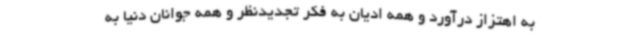
به اهتزاز درآورد و همه ادیان به فکر تجدیدنظر و همه جوانان دنیا به